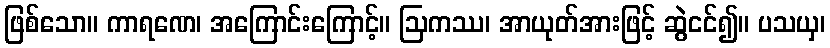
ဖြစ်သော။ ကာရဏေ၊ အကြောင်းကြောင့်။ ဩကဿ၊ အာယုတ်အားဖြင့် ဆွဲငင်၍။ ပသယှ၊